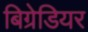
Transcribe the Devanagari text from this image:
बिग्रेडियर